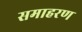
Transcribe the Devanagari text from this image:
समाहरण